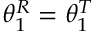
\theta _ { 1 } ^ { R } = \theta _ { 1 } ^ { T }